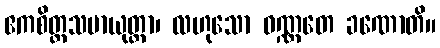
ဧကစိတ္တသမာယုတ္တာ၊ လဟုသော ဝဏ္ဏတေ ခဏောတိ။